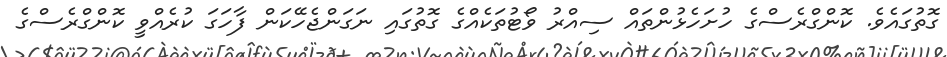
ގޮތުގައެވެ. ކޮންގްރެސްގެ ހުށަހެޅުންތައް ސިއްރު ވޯޓުތަކެއްގެ ގޮތުގައި ނަގަންޖެހޭކަން ފާހަގަ ކުރެއްވީ ކޮންގްރެސްގެ